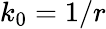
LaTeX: k_{0}=1/r